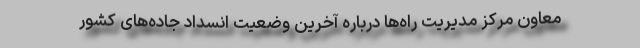
معاون مرکز مدیریت راه‌ها درباره آخرین وضعیت انسداد جاده‌‌های کشور